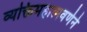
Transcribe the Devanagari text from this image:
व्यक्तिमहात्मवर्णने